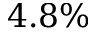
4 . 8 \%